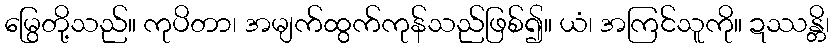
မြွေတို့သည်။ ကုပိတာ၊ အမျက်ထွက်ကုန်သည်ဖြစ်၍။ ယံ၊ အကြင်သူကို။ ဍဿန္တိ၊